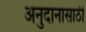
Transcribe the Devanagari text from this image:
अनुदानासाठी